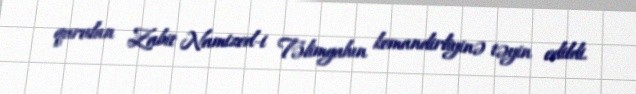
qurulan Zabit Namized-i Təlimgahın komandirliyinə təyin edildi.